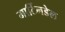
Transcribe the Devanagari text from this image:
मार्टिनडेल